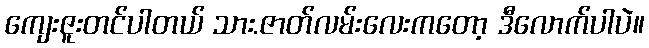
ကျေးဇူးတင်ပါတယ် သား.ဇာတ်လမ်းလေးကတော့ ဒီလောက်ပါပဲ။